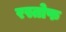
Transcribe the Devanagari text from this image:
रस्तोफ